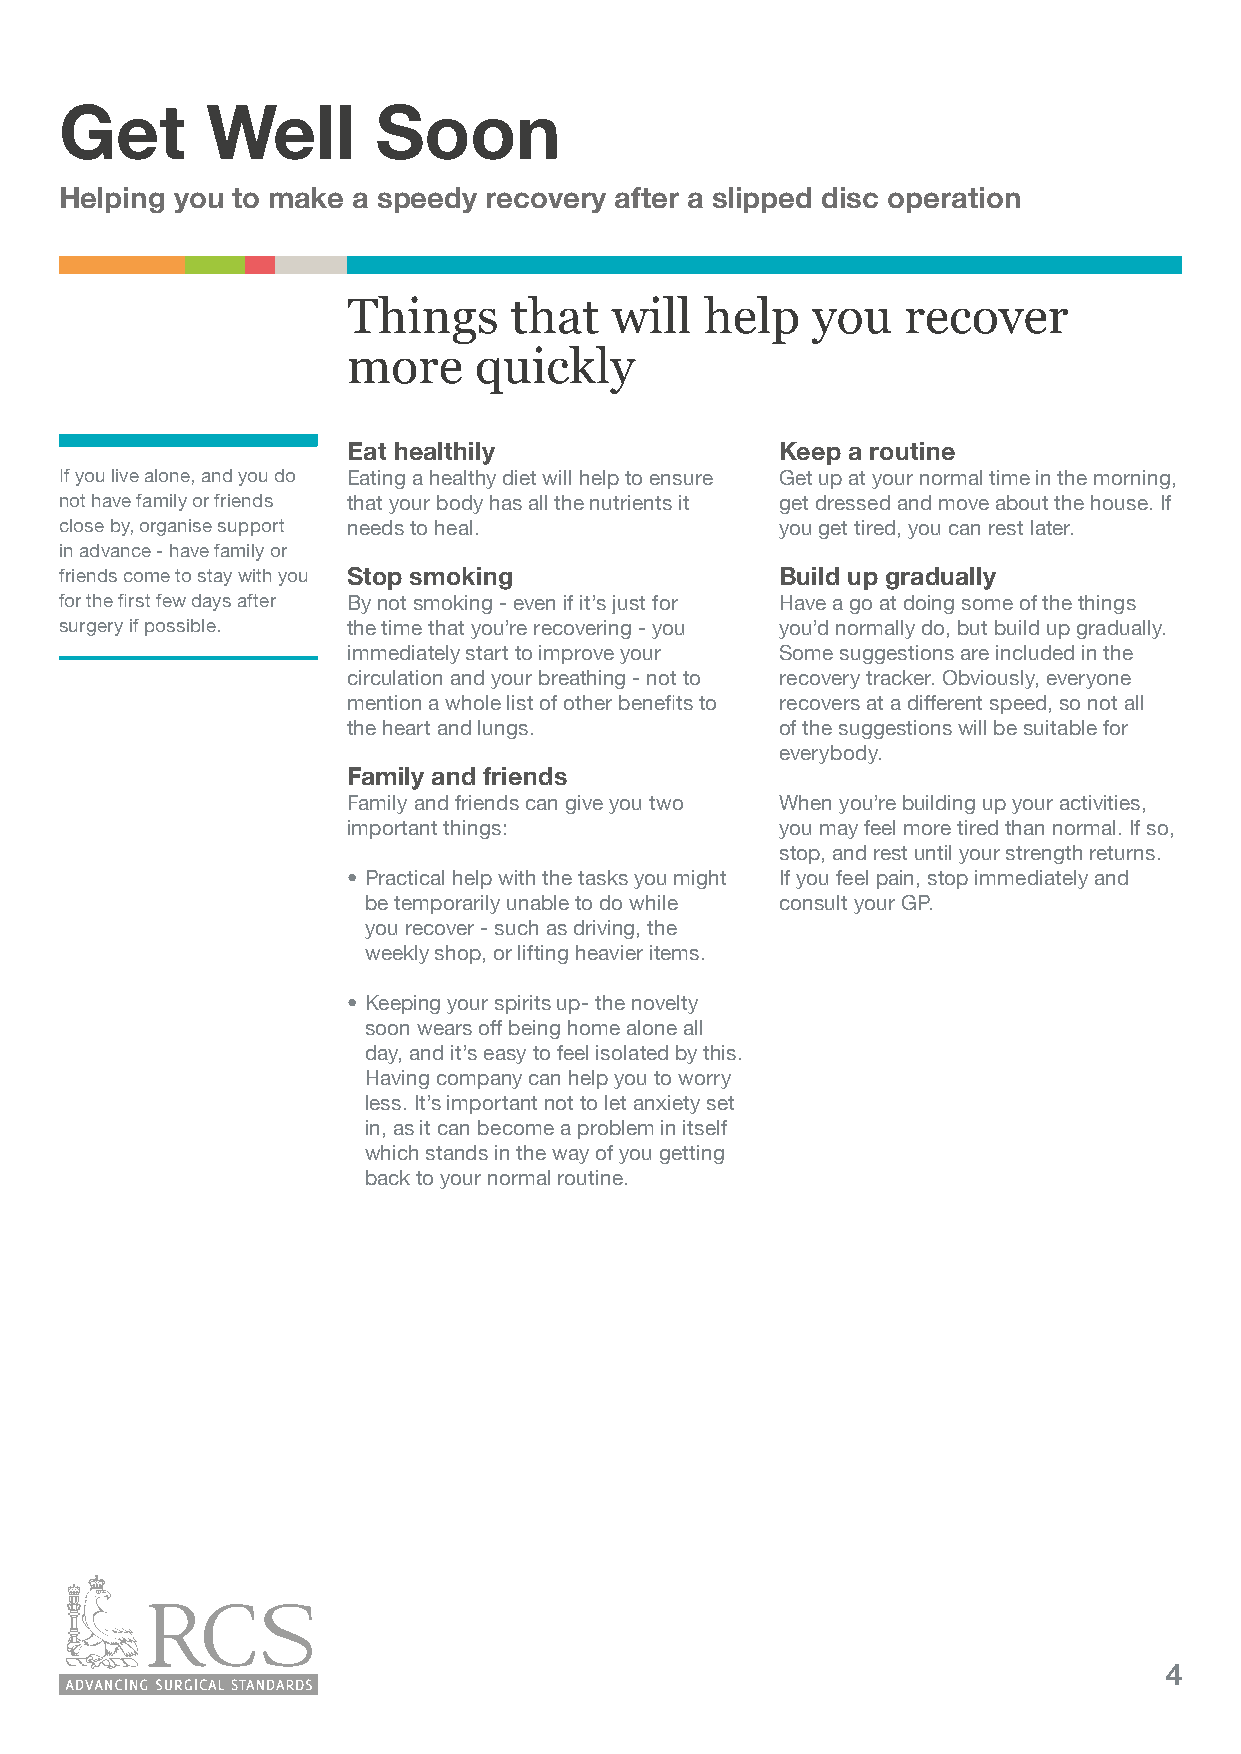
Get       Well       Soon
 Helping you to make a speedy recovery after a slipped disc operation
 Things     that  will   help   you   recover
 more    quickly
 Eat healthily                Keep a routine
 If you live alone, and you do Eating a healthy diet will help to ensure Get up at your normal time in the morning,
 not have family or friends that your body has all the nutrients it get dressed and move about the house. If
 close by, organise support needs to heal.       you get tired, you can rest later.
 in advance - have family or
 friends come to stay with you Stop smoking      Build up gradually
 for the first few days after By not smoking - even if it’s just for Have a go at doing some of the things
 surgery if possible. the time that you’re recovering - you you’d normally do, but build up gradually.
 immediately start to improve your Some suggestions are included in the
 circulation and your breathing - not to recovery tracker. Obviously, everyone
 mention a whole list of other benefits to recovers at a different speed, so not all
 the heart and lungs.         of the suggestions will be suitable for
 everybody.
 Family and friends
 Family and friends can give you two When you’re building up your activities,
 important things:            you may feel more tired than normal. If so,
 stop, and rest until your strength returns.
 • Practical help with the tasks you might If you feel pain, stop immediately and
 be temporarily unable to do while consult your GP.
 you recover - such as driving, the
 weekly shop, or lifting heavier items.
 • Keeping your spirits up- the novelty
 soon wears off being home alone all
 day, and it’s easy to feel isolated by this.
 Having company can help you to worry
 less. It’s important not to let anxiety set
 in, as it can become a problem in itself
 which stands in the way of you getting
 back to your normal routine.
 4